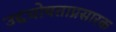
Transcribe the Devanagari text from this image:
उद्दघोषताप्रसारक